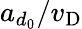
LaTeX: a_{d_{0}}/v_{\mathrm{D}}